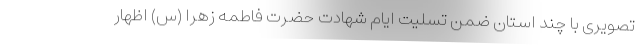
تصویری با چند استان ضمن تسلیت ایام شهادت حضرت فاطمه زهرا (س) اظهار